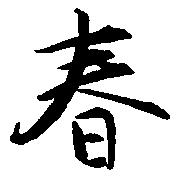
春